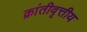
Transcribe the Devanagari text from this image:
क्रांतीवृत्तीय